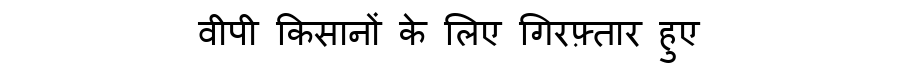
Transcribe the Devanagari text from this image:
वीपी किसानों के लिए गिरफ़्तार हुए